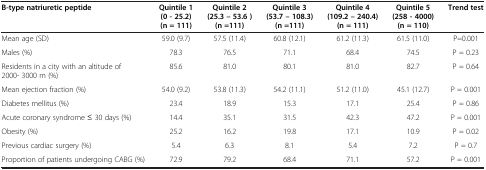
<table><thead><tr><td><b>B-type natriuretic peptide</b></td><td><b>Quintile 1 (0 - 25.2) (n = 111)</b></td><td><b>Quintile 2 (25.3 – 53.6 ) (n =111)</b></td><td><b>Quintile 3 (53.7 – 108.3) (n =111)</b></td><td><b>Quintile 4 (109.2 – 240.4) (n = 111)</b></td><td><b>Quintile 5 (258 - 4000) (n = 110)</b></td><td><b>Trend test</b></td></tr></thead><tbody><tr><td>Mean age (SD)</td><td>59.0 (9.7)</td><td>57.5 (11.4)</td><td>60.8 (12.1)</td><td>61.2 (11.3)</td><td>61.5 (11.0)</td><td>P=0.001</td></tr><tr><td>Males (%)</td><td>78.3</td><td>76.5</td><td>71.1</td><td>68.4</td><td>74.5</td><td>P = 0.23</td></tr><tr><td>Residents in a city with an altitude of 2000- 3000 m (%)</td><td>85.6</td><td>81.0</td><td>80.1</td><td>81.0</td><td>82.7</td><td>P = 0.64</td></tr><tr><td>Mean ejection fraction (%)</td><td>54.0 (9.2)</td><td>53.8 (11.3)</td><td>54.2 (11.1)</td><td>51.2 (11.0)</td><td>45.1 (12.7)</td><td>P = 0.001</td></tr><tr><td>Diabetes mellitus (%)</td><td>23.4</td><td>18.9</td><td>15.3</td><td>17.1</td><td>25.4</td><td>P = 0.86</td></tr><tr><td>Acute coronary syndrome ≤ 30 days (%)</td><td>14.4</td><td>35.1</td><td>31.5</td><td>42.3</td><td>47.2</td><td>P = 0.001</td></tr><tr><td>Obesity (%)</td><td>25.2</td><td>16.2</td><td>19.8</td><td>17.1</td><td>10.9</td><td>P = 0.02</td></tr><tr><td>Previous cardiac surgery (%)</td><td>5.4</td><td>6.3</td><td>8.1</td><td>5.4</td><td>7.2</td><td>P = 0.7</td></tr><tr><td>Proportion of patients undergoing CABG (%)</td><td>72.9</td><td>79.2</td><td>68.4</td><td>71.1</td><td>57.2</td><td>P = 0.001</td></tr></tbody></table>